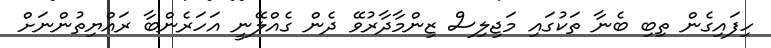
ހިފައިގެން ތިބި ބެނާ ތަކުގައި މަޖިލިސް ޒިންމާދާރުވޭ ދެން ގެއްލޭނީ އަހަރެންބާ ރައްޔިތުންނަށް